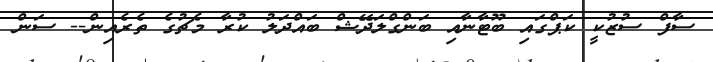
ސާފް ސުޒުކީ ކަޕްގައި ބޫޓާނާއި ބަންގްލަދޭޝް ބައްދަލު ކުރާ މެޗުގެ ތެރެއިން-- ސަން